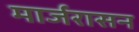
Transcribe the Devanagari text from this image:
मार्जरासन